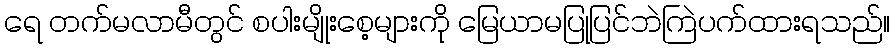
ရေ တက်မလာမီတွင် စပါးမျိုးစေ့များကို မြေယာမပြုပြင်ဘဲကြဲပက်ထားရသည်။